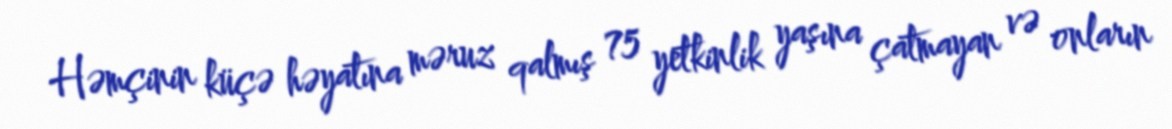
Həmçinin küçə həyatına məruz qalmış 75 yetkinlik yaşına çatmayan və onların